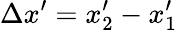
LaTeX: \Delta x^{\prime}=x_{2}^{\prime}-x_{1}^{\prime}